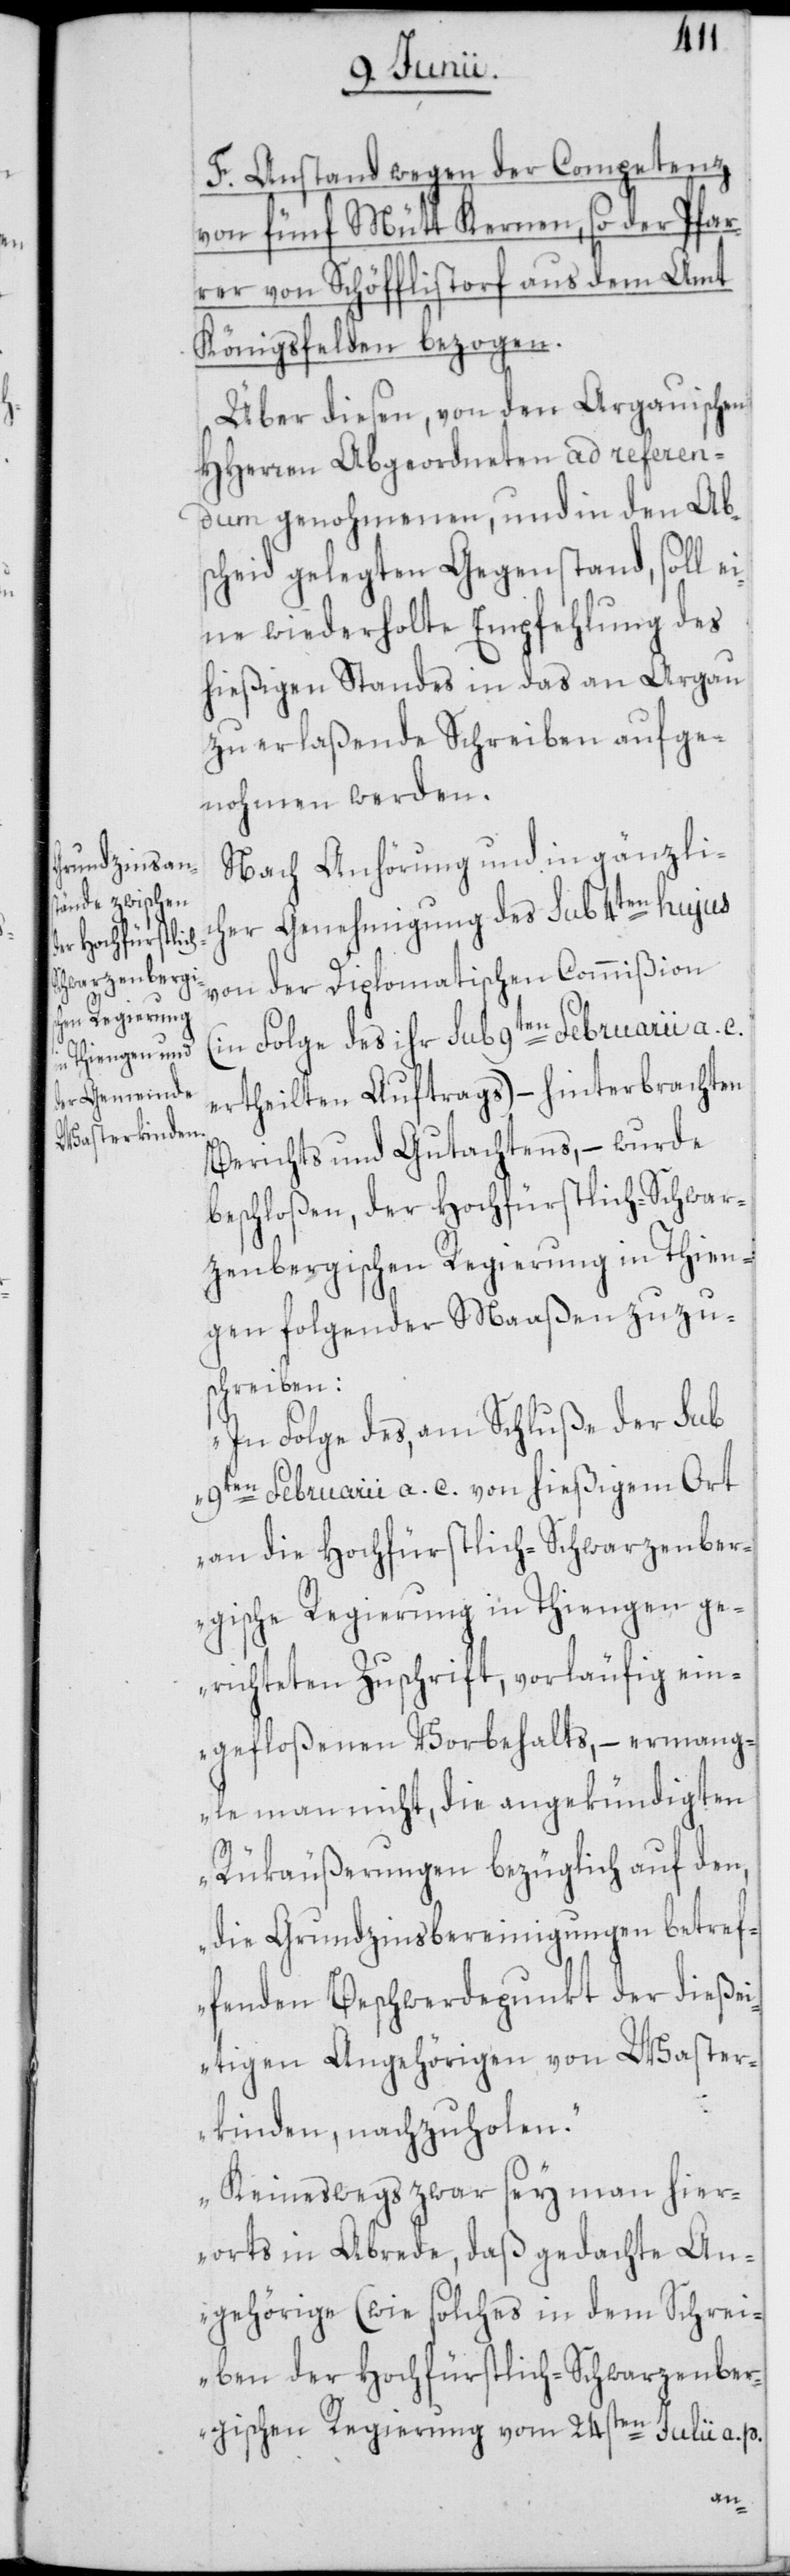
F. Anstand wegen der Competenz
von fünf Mütt Kernen, so der Pfar¬
rer von Schöfflistorf aus dem Amt
Königsfelden bezogen.
Über diesen, von den Argauischen
HHerren Abgeordneten ad referen¬
dum genohmenen, und in den Ab¬
scheid gelegten Gegenstand, soll ei¬
ne wiederholte Empfehlung des
hießigen Standes in das an Argau
zu erlaßende Schreiben aufge¬
nohmen werden.
Nach Anhörung und in gänzlic¬
her Genehmigung des sub 4ten hujus
von der Diplomatischen Commißion
(in Folge des ihr sub 9ten Februarii a. c.
ertheilten Auftrags) – hinterbrachten
Berichts und Gutachtens, – wurde
beschloßen, der Hochfürstlich-Schwar¬
zenbergischen Regierung in Thien¬
gen folgender Maaßen zuzus¬
chreiben:
„In Folge des, am Schluße der sub
9ten Februarii a. c. von hießigem Ort
an die Hochfürstlich-Schwarzenber¬
gische Regierung in Thiengen ge¬
richteten Zuschrift, vorläufig ein¬
gefloßenen Vorbehalts, – ermang¬
le man nicht, die angekündigten
Rükäußerungen bezüglich auf den,
die Grundzinsbereinigungen betref¬
fenden Beschwerdepunkte der dießei¬
tigen Angehörigen von Waster¬
kinden nachzuholen.
Keineswegs zwar sey man hier¬
orts in Abrede, daß gedachte An¬
gehörige (wie solches in dem Schrei¬
ben der Hochfürstlich-Schwarzenber¬
gischen Regierung vom 24sten Julii a. p.